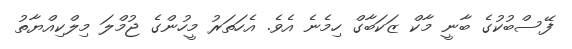
ފޭސްބުކުގެ ބާނީ މާކް ޒަކަބާގް ހިމެނެ އެވެ. އެހަތަރު މީހުންގެ ޖުމްލަ މިލްކިއްޔާތު